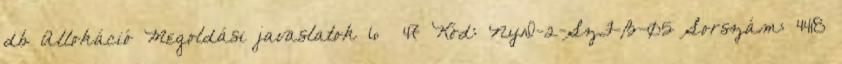
db Allokáció Megoldási javaslatok 6 47 Kód: NyD-2-SzF-B-05 Sorszám: 4418